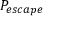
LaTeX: P _ { e s c a p e }